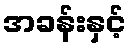
အခန်းနှင့်